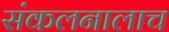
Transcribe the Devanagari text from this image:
संकलनालाच